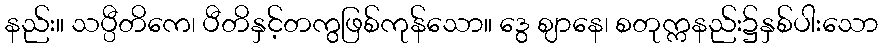
နည်း။ သပ္ပီတိကေ၊ ပီတိနှင့်တကွဖြစ်ကုန်သော။ ဒွေ ဈာနေ၊ စတုက္ကနည်း၌နှစ်ပါးသော